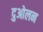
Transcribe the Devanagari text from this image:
दुओलन